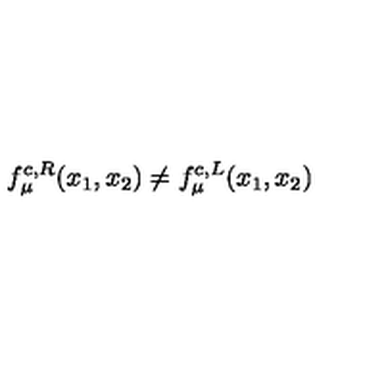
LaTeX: f _ { \mu } ^ { c , R } ( x _ { 1 } , x _ { 2 } ) \neq f _ { \mu } ^ { c , L } ( x _ { 1 } , x _ { 2 } )